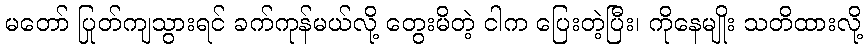
မတော် ပြုတ်ကျသွားရင် ခက်ကုန်မယ်လို့ တွေးမိတဲ့ ငါက ပြေးတဲ့ပြီး၊ ကိုနေမျိုး သတိထားလို့